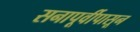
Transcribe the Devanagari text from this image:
सनापूर्वीपासून